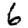
Digit: 6